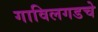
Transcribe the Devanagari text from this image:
गाविलगडचे